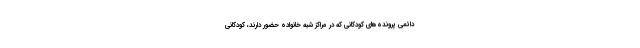
دائمی پرونده‌های کودکانی که در مراکز شبه خانواده حضور دارند، کودکانی